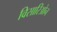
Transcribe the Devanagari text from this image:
विसारिओन